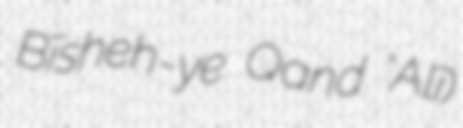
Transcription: Bīsheh-ye Qand ‘Alī)